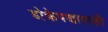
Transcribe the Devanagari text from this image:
डोक्रेपणापाशी